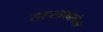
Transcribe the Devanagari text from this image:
सहस्त्रकानंतर